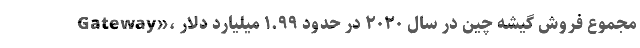
Gateway»، مجموع فروش گیشه چین در سال ۲۰۲۰ در حدود ۱.۹۹ میلیارد دلار